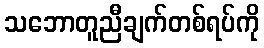
သဘောတူညီချက်တစ်ရပ်ကို